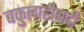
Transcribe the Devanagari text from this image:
बकुलाहीनदी